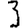
Digit: 3